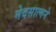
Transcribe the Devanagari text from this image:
मेदसात्मने